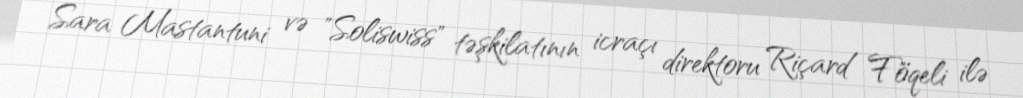
Sara Mastantuni və "Soliswiss" təşkilatının icraçı direktoru Riçard Föqeli ilə